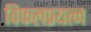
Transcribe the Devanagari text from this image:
विफलप्रयत्न